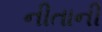
નીતાની